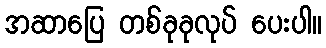
အဆာပြေ တစ်ခုခုလုပ် ပေးပါ။